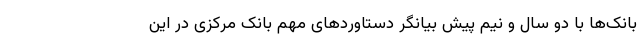
بانک‌ها با دو سال و نیم پیش بیانگر دستاوردهای مهم بانک مرکزی در این